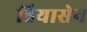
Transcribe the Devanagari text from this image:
हियासेन